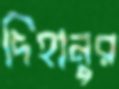
দিহানুর